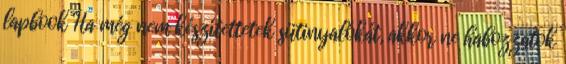
lapbook Ha még nem készítettetek sütinyalókát, akkor ne habozzatok